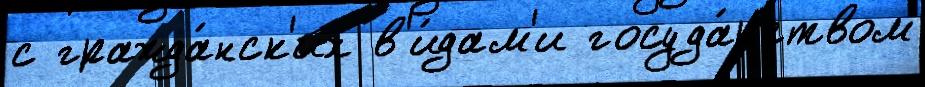
с гражда́нск'их в'и́дам'и госуда́рством